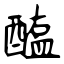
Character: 醢